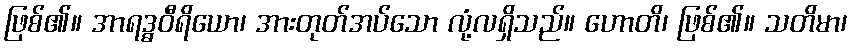
ဖြစ်၏။ အာရဒ္ဓဝီရိယော၊ အားတုတ်အပ်သော လုံ့လရှိသည်။ ဟောတိ၊ ဖြစ်၏။ သတိမာ၊